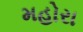
મહોરા